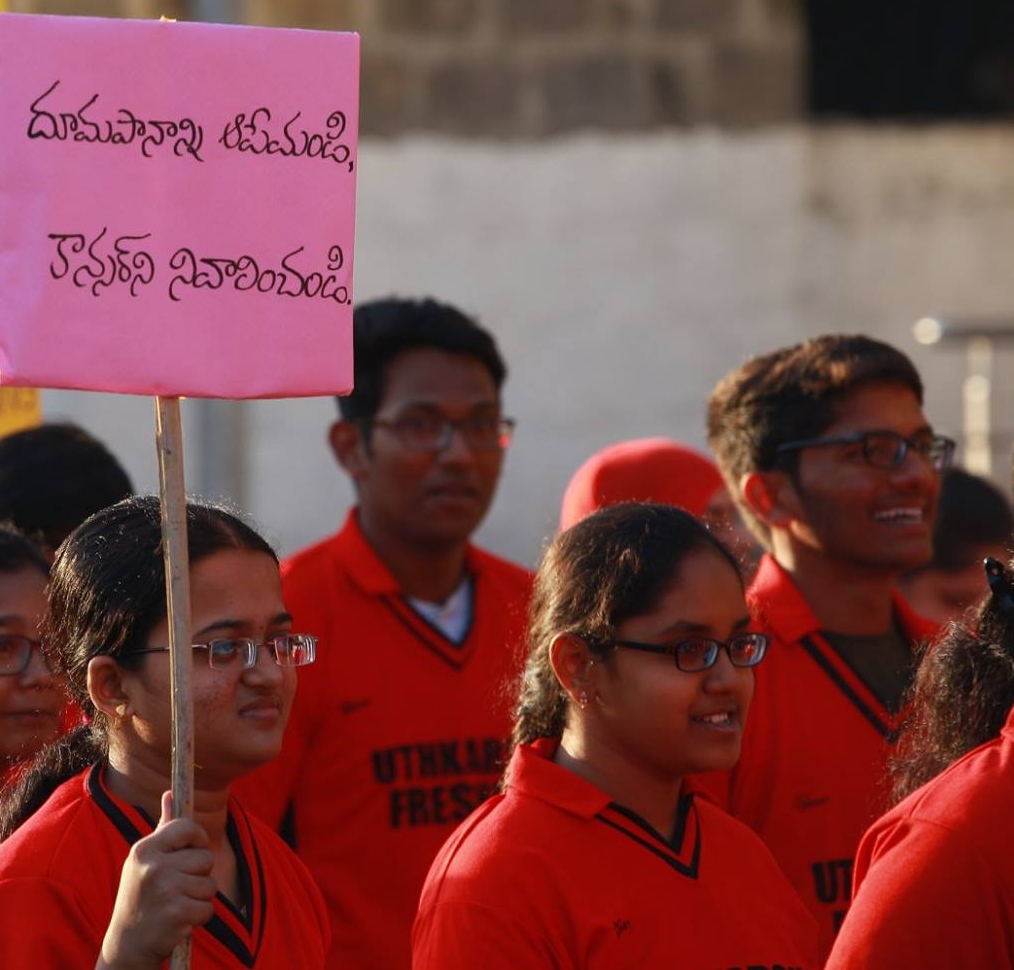
Language: telugu
Transcription: దూమపానాన్ని